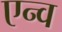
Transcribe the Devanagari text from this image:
एन्व